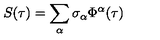
S ( \tau ) = \sum _ { \alpha } \sigma _ { \alpha } \Phi ^ { \alpha } ( \tau )